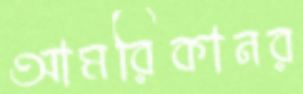
আমরিকানর